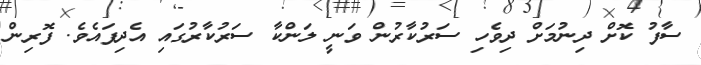
ސާފު ކޮށް ދިނުމަށް ދިވެހި ސަރުކާރުން ވަނީ ލަންކާ ސަރުކާރުގައި އެދިފައެވެ. ފޮރިން